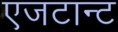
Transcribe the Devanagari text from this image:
एजटान्ट